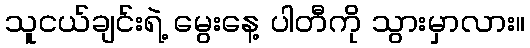
သူငယ်ချင်းရဲ့ မွေးနေ့ ပါတီကို သွားမှာလား။